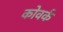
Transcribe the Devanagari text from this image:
कोवर्क